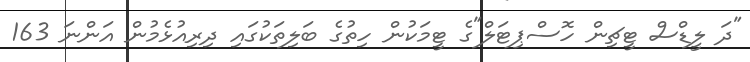
"ދަ ލީޑްސް ޓީޗިން ހޮސްޕިޓަލް"ގެ ޓީމަކުން ހިތުގެ ބަލިތަކުގައި ދިރިއުޅެމުން އަންނަ 163